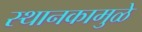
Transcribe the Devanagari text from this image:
स्थानकामुळे